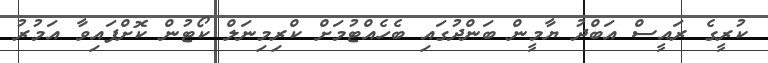
ކުރީގެ ރައީސް އަބްދު ޔާމީން ބަންދުގައި ބެހެއްޓުމަށް ކްރިމިނަލް ކޯޓުން ކޮށްފައިވާ އަމުރު